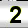
Digit: 2